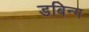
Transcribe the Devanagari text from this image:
डबिन्ग